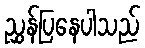
ညွှန်ပြနေပါသည်